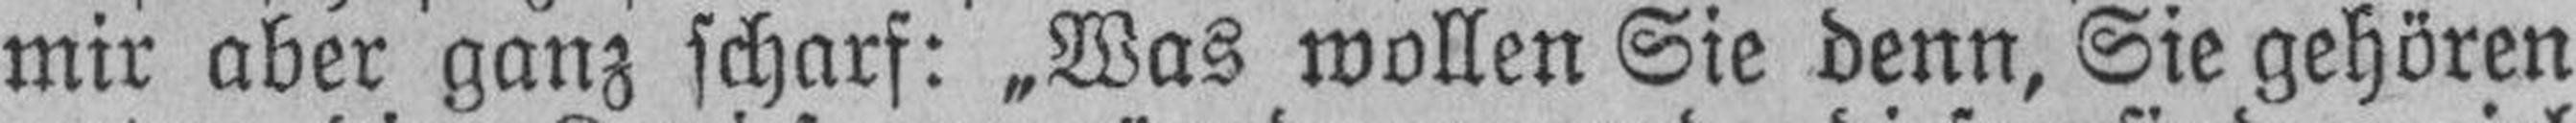
mir aber ganz scharf: „Was wollen Sie denn, Sie gehören